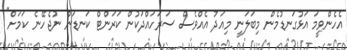
އެހެންވީމަ އަޅުގަނޑުމެން މިބަލަނީ މިއަދު އެއްވެސް ސަރަހައްދަކުން ކަރަންޓް ކަނޑަން ނުޖެހޭނެ ކަމަށް"